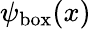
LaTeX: \psi_{\mathrm{{box}}}(x)